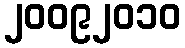
၂၀၀၉၂၀၁၀